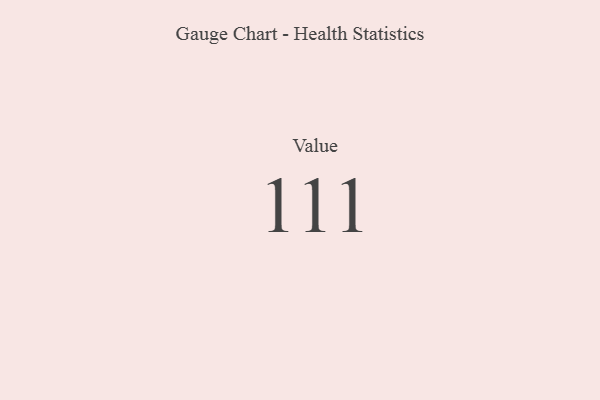
{"axis": {"x": "Metric", "y": "Value"}, "legend": [""], "data": [{"x": "Value", "y": 111, "type": ""}]}